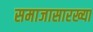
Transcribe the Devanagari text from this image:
समाजासारख्या